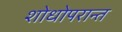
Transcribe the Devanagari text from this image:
शोधोपरान्त